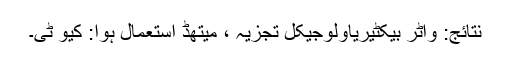
نتائج: واٹر بیکٹیریاولوجیکل تجزیہ ، میتھڈ استعمال ہوا: کیو ٹی۔